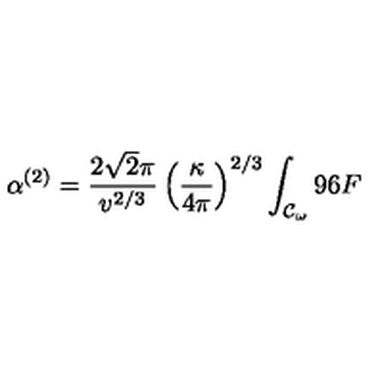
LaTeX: \alpha ^ { ( 2 ) } = \frac { 2 \sqrt { 2 } \pi } { v ^ { 2 / 3 } } \left( \frac { \kappa } { 4 \pi } \right) ^ { 2 / 3 } \int _ { { \cal { C } } _ { \omega } } { 9 6 F }